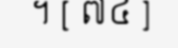
។ [ ៧៤ ]